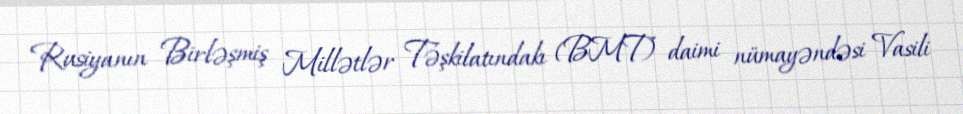
Rusiyanın Birləşmiş Millətlər Təşkilatındakı (BMT) daimi nümayəndəsi Vasili